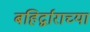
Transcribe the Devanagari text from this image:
बहिर्द्वाराच्या